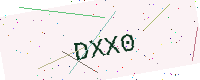
Text: DXX0